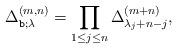
LaTeX: \begin{align*}\Delta^{(m,n)}_{\texttt{b};\lambda }= \prod_{1\leq j\leq n} \Delta_{\lambda_j+n-j}^{(m+n)} ,\end{align*}